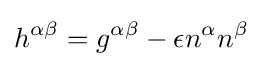
h^{\alpha \beta }=g^{\alpha \beta }-\epsilon n^{\alpha }n^{\beta }